Lunatic asylums Punjab 1868-1880 - 1868-1880
Year: 1868
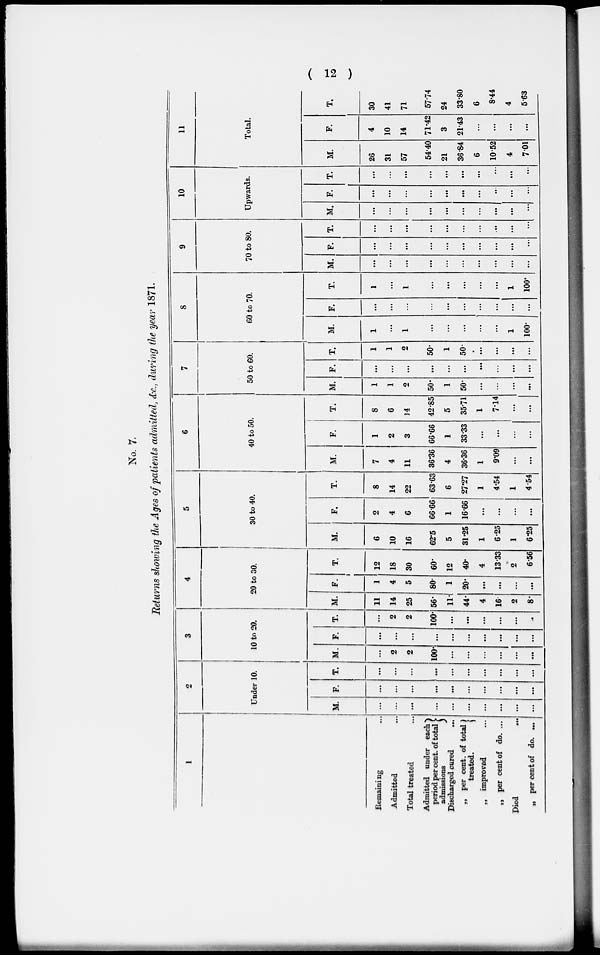
( 12 )
No. 7.
Returns showing the Ages of patients admitted, &c. , during the year 1871.
1
Remaining...
Admitted...
Total treated...
Admitted under each
period per cent. of total
admissions
Discharged cured...
„ per cent. of total)
treated.
„ improved...
„ per cent of do. ...
Died...
„
per cent of do. ...
2
Under 10.
M.
...
...
...
...
...
...
...
...
...
...
F.
...
...
...
...
...
...
...
...
...
...
T.
...
...
...
...
...
...
...
...
...
...
3
10 to 20.
M.
...
2
2
100.
...
...
...
...
...
...
F.
...
...
...
...
...
...
...
...
...
...
T.
...
2
2
100.
...
...
...
...
...
...
4
20 to 30.
M.
11
14
25
56.
11.
44.
4
16.
2
8.
F.
1
4
5
80.
1
20.
...
...
...
...
T.
12
18
30
60.
12
40.
4
13.33
2
6.56
5
30 to 40.
M.
6
10
16
62.5
5
31.25
1
6.25
1
6.25
F.
2
4
6
66.66
1
16.66
...
...
...
...
T.
8
14
22
63.63
6
27.27
1
4.54
1
4.54
6
40 to 50.
M.
7
4
11
36.36
4
36.36
1
9.09
...
...
F.
1
2
3
66.66
1
33.33
...
...
...
...
T.
8
6
14
42.85
5
35.71
1
7.14
...
...
7
50 to 60.
M.
1
1
2
50.
1
50.
...
...
...
...
F.
...
...
...
...
...
...
...
...
...
...
T.
1
1
2
50.
1
50.
...
...
...
...
8
60 to 70.
M.
1
...
1
...
...
...
...
...
1
100.
F.
...
...
...
...
...
...
...
...
...
...
T.
1
...
1
...
...
...
...
...
1
100.
9
70 to 80.
M.
...
...
...
...
...
...
...
...
...
...
F.
...
...
...
...
...
...
...
...
...
...
T.
...
...
...
...
...
...
...
...
...
...
10
Upwards.
M.
...
...
...
...
...
...
...
...
...
...
F.
...
...
...
...
...
...
...
...
...
...
T.
...
...
...
...
...
...
...
...
...
...
11
Total.
M.
26
31
57
54.40
21
36.84
6
10.52
4
7.01
F.
4
10
14
71.42
3
21.43
...
...
...
...
T.
30
41
71
57.74
24
33.80
6
8.44
4
5.63